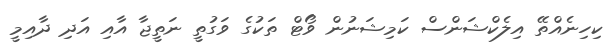
ކިހިނެއްތޭ އިލެކްޝަންސް ކަމިޝަނުން ވޯޓް ތަކުގެ ވަގުތީ ނަތީޖާ އާއި އަދި ދާއިމީ